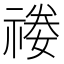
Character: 𥚿